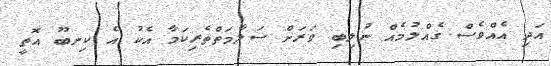
އަދި އެއްވެސް ގެއްލުމެއް ނުލިބި ވަރަށް ސަލާމަތްތެރިކަމާ އެކު އެ ކިނބޫ އޮތީ